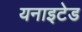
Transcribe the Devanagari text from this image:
यनाइटेड